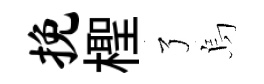
挽檉了烏